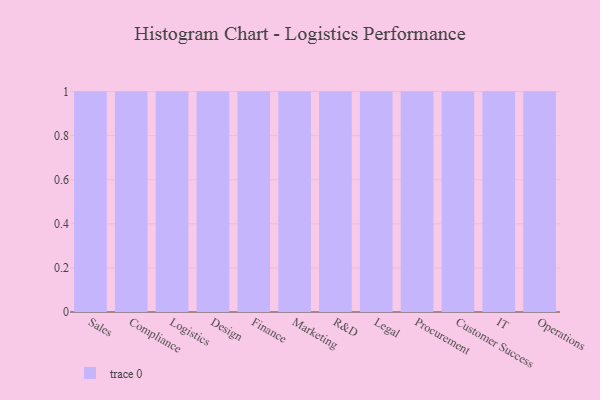
{"axis": {"x": "Department", "y": "Operating Costs (USD K)"}, "legend": [""], "data": [{"x": "Sales", "y": 92, "type": ""}, {"x": "Compliance", "y": 19, "type": ""}, {"x": "Logistics", "y": 37, "type": ""}, {"x": "Design", "y": 83, "type": ""}, {"x": "Finance", "y": 36, "type": ""}, {"x": "Marketing", "y": 76, "type": ""}, {"x": "R&D", "y": 73, "type": ""}, {"x": "Legal", "y": 55, "type": ""}, {"x": "Procurement", "y": 67, "type": ""}, {"x": "Customer Success", "y": 1, "type": ""}, {"x": "IT", "y": 83, "type": ""}, {"x": "Operations", "y": 29, "type": ""}]}